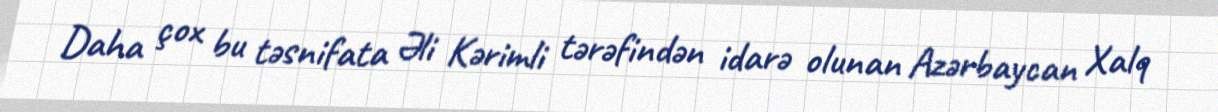
Daha çox bu təsnifata Əli Kərimli tərəfindən idarə olunan Azərbaycan Xalq